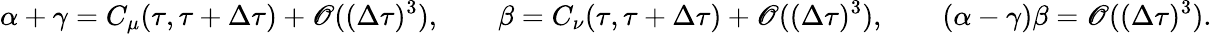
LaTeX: \alpha+\gamma=C_{\mu}(\tau,\tau+\Delta\tau)+\mathscr{O}((\Delta\tau)^{3}),\qquad\beta=C_{\nu}(\tau,\tau+\Delta\tau)+\mathscr{O}((\Delta\tau)^{3}),\qquad(\alpha-\gamma)\beta=\mathscr{O}((\Delta\tau)^{3}).